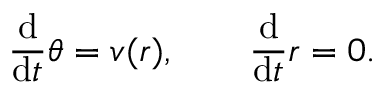
\frac { \mathrm { d } } { \mathrm { d } t } \theta = v ( r ) , \qquad \frac { \mathrm { d } } { \mathrm { d } t } r = 0 .